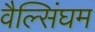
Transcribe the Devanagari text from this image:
वैल्सिंघम